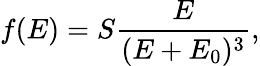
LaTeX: f(E)=S\frac{E}{(E+E_{0})^{3}},